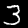
Label: 3